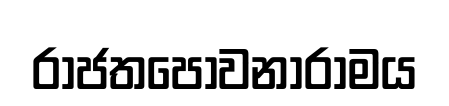
රාජතපෝවනාරාමය